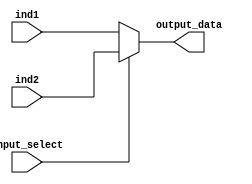
module Multiplexer (ind1, ind2, input_select, output_data);

	input input_select;
	input [63:0] ind1, ind2;
	output[63:0] output_data;

	assign output_data = input_select ? ind2 : ind1;

endmodule